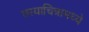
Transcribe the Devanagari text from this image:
छायाचित्रामध्ये